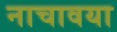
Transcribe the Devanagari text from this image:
नाचावया